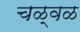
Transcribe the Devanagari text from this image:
चळ्वळ